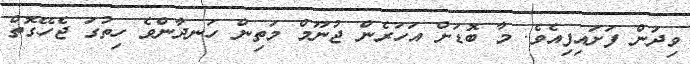
ވިދަން ފަށައިފިއެވެ. މާ ބޮޑަށް އަހަރެން ޖުނޫމް މަތިން ހަނދާންވެ ހިތުގަ ޖެހޭގޮތް